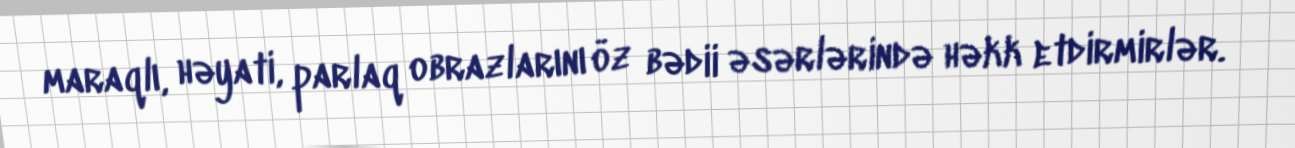
maraqlı, həyati, parlaq obrazlarını öz bədii əsərlərində həkk etdirmirlər.